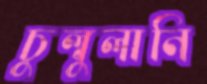
চুল্‌বুলানি